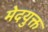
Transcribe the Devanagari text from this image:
मेदयुक्त